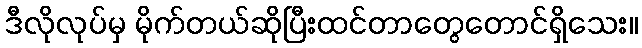
ဒီလိုလုပ်မှ မိုက်တယ်ဆိုပြီးထင်တာတွေတောင်ရှိသေး။